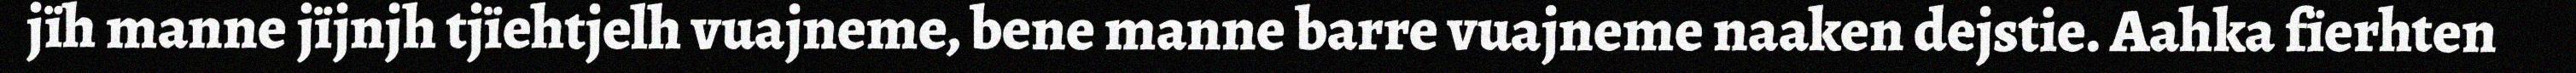
jïh manne jïjnjh tjïehtjelh vuajneme, bene manne barre vuajneme naaken dejstie. Aahka fïerhten